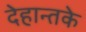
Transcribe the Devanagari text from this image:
देहान्तके